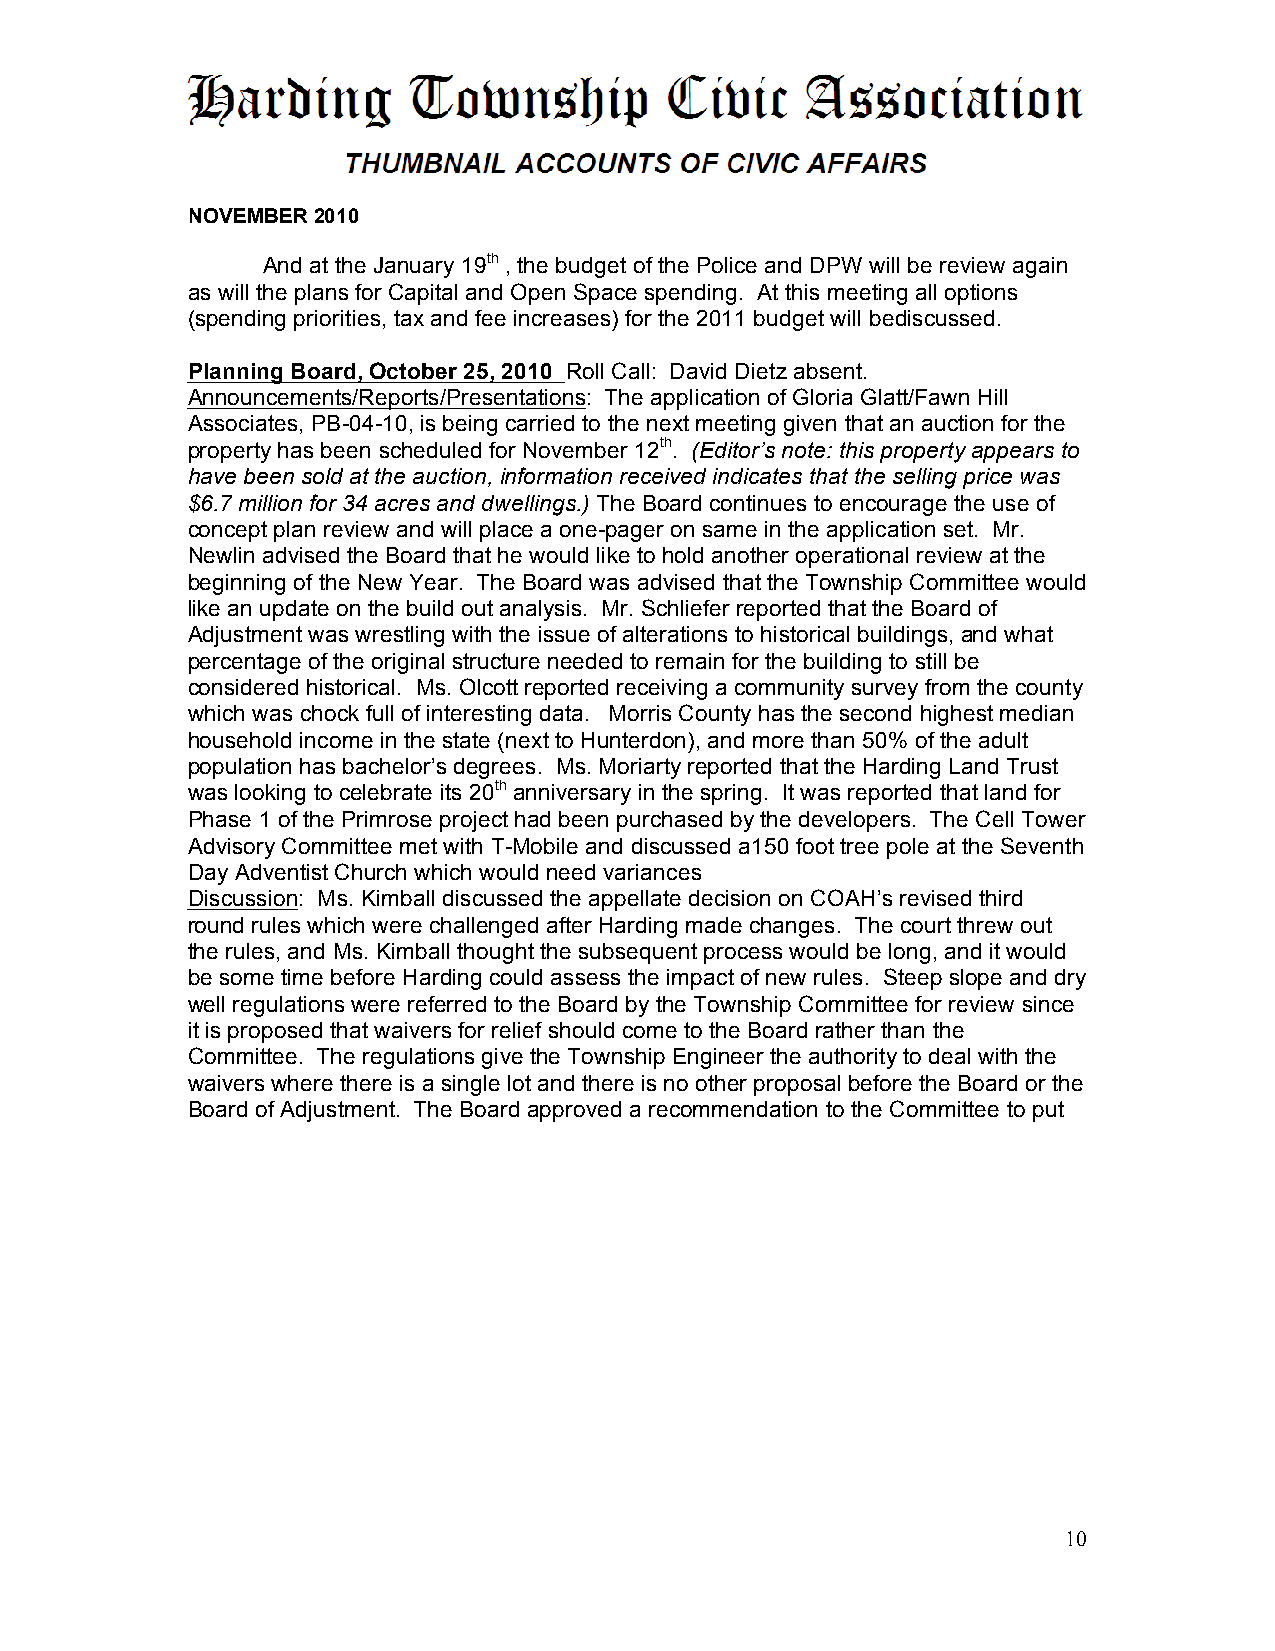
NOVEMBER 2010
 And at the January 19th , the budget of the Police and DPW will be review again
 as will the plans for Capital and Open Space spending. At this meeting all options
 (spending priorities, tax and fee increases) for the 2011 budget will bediscussed.
 Planning Board, October 25, 2010 Roll Call: David Dietz absent.
 Announcements/Reports/Presentations: The application of Gloria Glatt/Fawn Hill
 Associates, PB-04-10, is being carried to the next meeting given that an auction for the
 property has been scheduled for November 12th. (Editor’s note: this property appears to
 have been sold at the auction, information received indicates that the selling price was
 $6.7 million for 34 acres and dwellings.) The Board continues to encourage the use of
 concept plan review and will place a one-pager on same in the application set. Mr.
 Newlin advised the Board that he would like to hold another operational review at the
 beginning of the New Year. The Board was advised that the Township Committee would
 like an update on the build out analysis. Mr. Schliefer reported that the Board of
 Adjustment was wrestling with the issue of alterations to historical buildings, and what
 percentage of the original structure needed to remain for the building to still be
 considered historical. Ms. Olcott reported receiving a community survey from the county
 which was chock full of interesting data. Morris County has the second highest median
 household income in the state (next to Hunterdon), and more than 50% of the adult
 population has bachelor’s degrees. Ms. Moriarty reported that the Harding Land Trust
 was looking to celebrate its 20th anniversary in the spring. It was reported that land for
 Phase 1 of the Primrose project had been purchased by the developers. The Cell Tower
 Advisory Committee met with T-Mobile and discussed a150 foot tree pole at the Seventh
 Day Adventist Church which would need variances
 Discussion: Ms. Kimball discussed the appellate decision on COAH’s revised third
 round rules which were challenged after Harding made changes. The court threw out
 the rules, and Ms. Kimball thought the subsequent process would be long, and it would
 be some time before Harding could assess the impact of new rules. Steep slope and dry
 well regulations were referred to the Board by the Township Committee for review since
 it is proposed that waivers for relief should come to the Board rather than the
 Committee. The regulations give the Township Engineer the authority to deal with the
 waivers where there is a single lot and there is no other proposal before the Board or the
 Board of Adjustment. The Board approved a recommendation to the Committee to put
 10